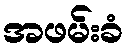
အဖမ်းခံ